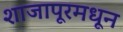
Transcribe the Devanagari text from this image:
शाजापूरमधून